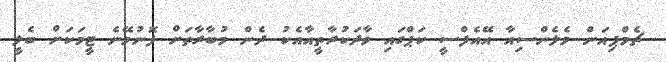
ޗެމްޕިއަން ވެލެންސިއާ އޭއެފްސީ ކަޕްގައި ވާދަކުރާތީއާއެކު ދެން މުބާރާތަށް ފޮނުވޭނެ ޓީމަކަށް ބެލީ